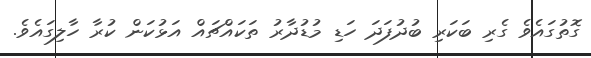
ގޮތުގައެވެ ގެރި ބަކަރި ބުދުފަދަ ހަޑި މުޑުދާރު ތަކައްޗައް އަޅުކަން ކުރާ ހާލިގައެވެ.